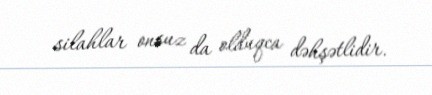
silahlar onsuz da olduqca dəhşətlidir.